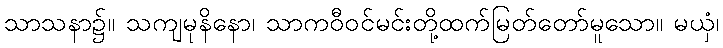
သာသနာ၌။ သကျမုနိနော၊ သာကဝီဝင်မင်းတို့ထက်မြတ်တော်မူသော။ မယှံ၊